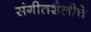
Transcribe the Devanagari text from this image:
संगीतशैलीचे